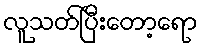
လူသတ်ပြီးတော့ရော